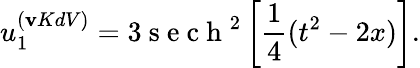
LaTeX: u_{1}^{(\mathbf{v}KdV)}=3\mathrm{{~s~e~c~h~}}^{2}\left[\frac{{1}}{{4}}(t^{2}-2x)\right].